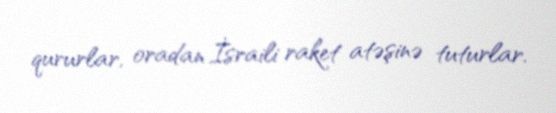
qururlar, oradan İsraili raket atəşinə tuturlar.